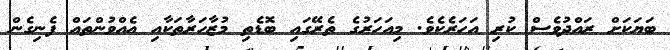
ބަޔަކަށް ރައްދުވެސް ކުރި އަހަރެކެވެ. މިއަހަރުގެ ތެރޭގައި ބޮޑެތި މުޒާހަރާތަކާއި އެއްވުންތައް ފެނިގެން